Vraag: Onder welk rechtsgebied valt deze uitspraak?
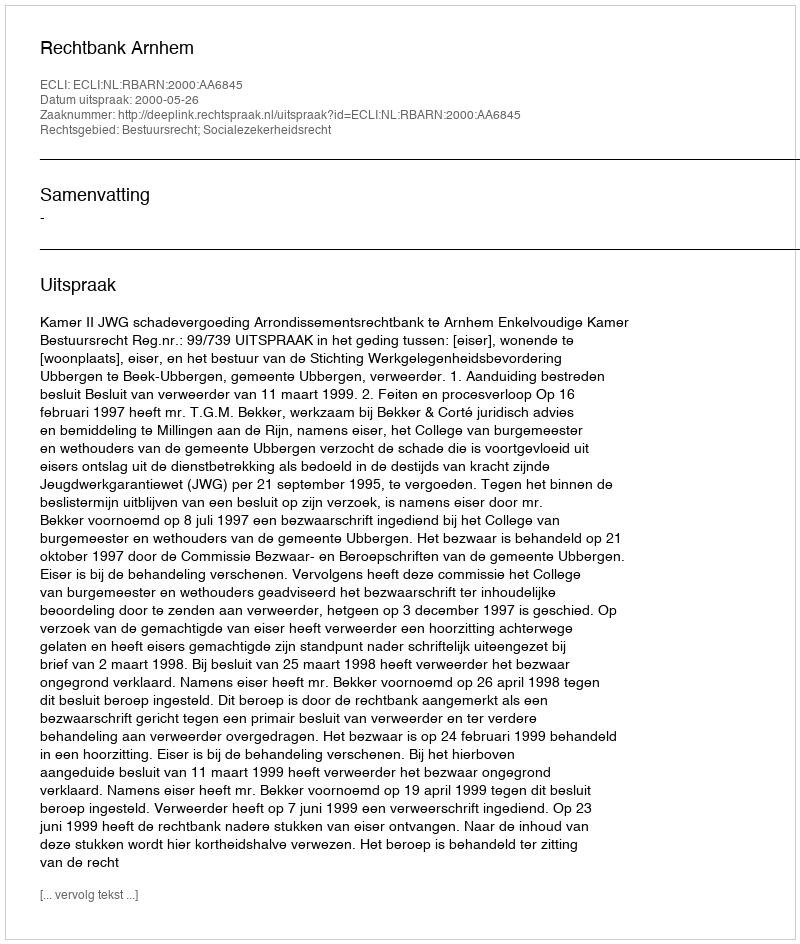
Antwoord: Bestuursrecht; Socialezekerheidsrecht